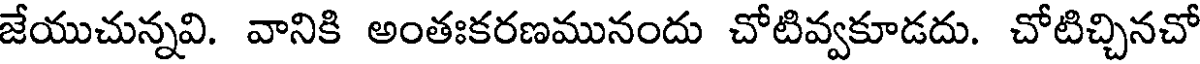
జేయుచున్నవి. వానికి అంతఃకరణమునందు చోటివ్వకూడదు. చోటిచ్చినచో